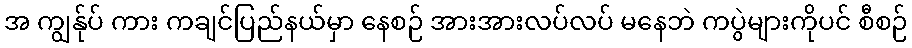
အ ကျွန်ုပ် ကား ကချင်ပြည်နယ်မှာ နေစဉ် အားအားလပ်လပ် မနေဘဲ ကပွဲများကိုပင် စီစဉ်